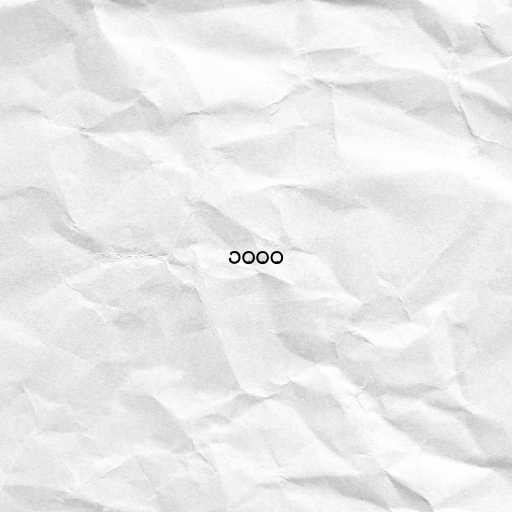
၁၀၀၀